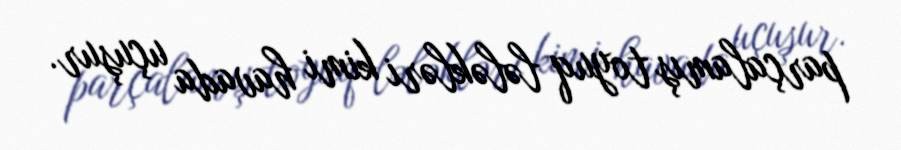
parçalamış toyuq lələkləri kimi havada uçuşur.